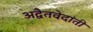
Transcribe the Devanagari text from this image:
अद्वैतवेदांती